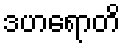
ဒဟရောတိ